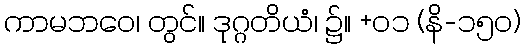
ကာမဘဝေ၊ တွင်။ ဒုဂ္ဂတိယံ၊ ၌။ +၀၁ (နိ-၁၅၀)